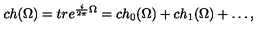
c h ( \Omega ) = t r e ^ { \frac { i } { 2 \pi } \Omega } = c h _ { 0 } ( \Omega ) + c h _ { 1 } ( \Omega ) + \ldots ,